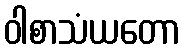
ဝါစာသံယတော